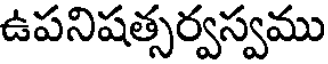
ఉపనిషత్సర్వస్వము